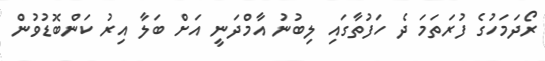
ރޯދަމަހުގެ ފުރަތަމަ ދެ ހަފުތާގައި ލިބުނު އާމްދަނީ އަށް ބަލާ އިރު ކަންބޮޑުވުން